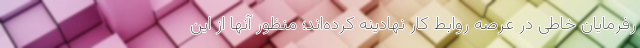
رفرمایان خاطی در عرصه روابط کار نهادینه کرده‌اند؛ منظور آنها از این